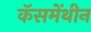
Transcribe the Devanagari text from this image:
कॅसमेंथीन